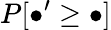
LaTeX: P[\bullet^{\prime}\geq\bullet]